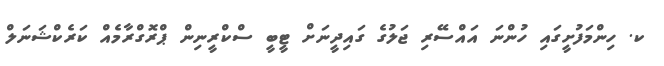
ކ. ހިންމަފުށީގައި ހުންނަ އައްސޭރި ޖަލުގެ ގައިދީނަށް ޓީބީ ސްކްރީނިން ޕްރޮގްރާމެއް ކަރެކްޝަނަލް